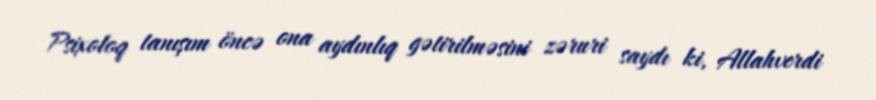
Psixoloq tanışım öncə ona aydınlıq gətirilməsini zəruri saydı ki, Allahverdi